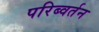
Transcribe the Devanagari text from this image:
परिब्वर्तन